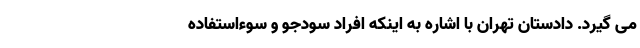
می گیرد. دادستان تهران با اشاره به اینکه افراد سودجو و سوءاستفاده